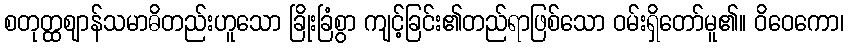
စတုတ္ထဈာန်သမာဓိတည်းဟူသော ခြိုးခြံစွာ ကျင့်ခြင်း၏တည်ရာဖြစ်သော ဝမ်းရှိတော်မူ၏။ ဝိဝေကော၊